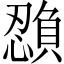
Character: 𫻉